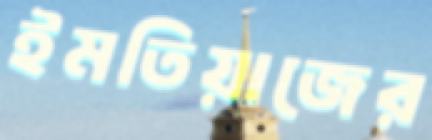
ইমতিয়াজের